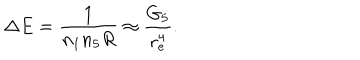
LaTeX: \Delta E = \frac { 1 } { n _ { 1 } n _ { 5 } R } \approx \frac { G _ { 5 } } { r _ { e } ^ { 4 } } .